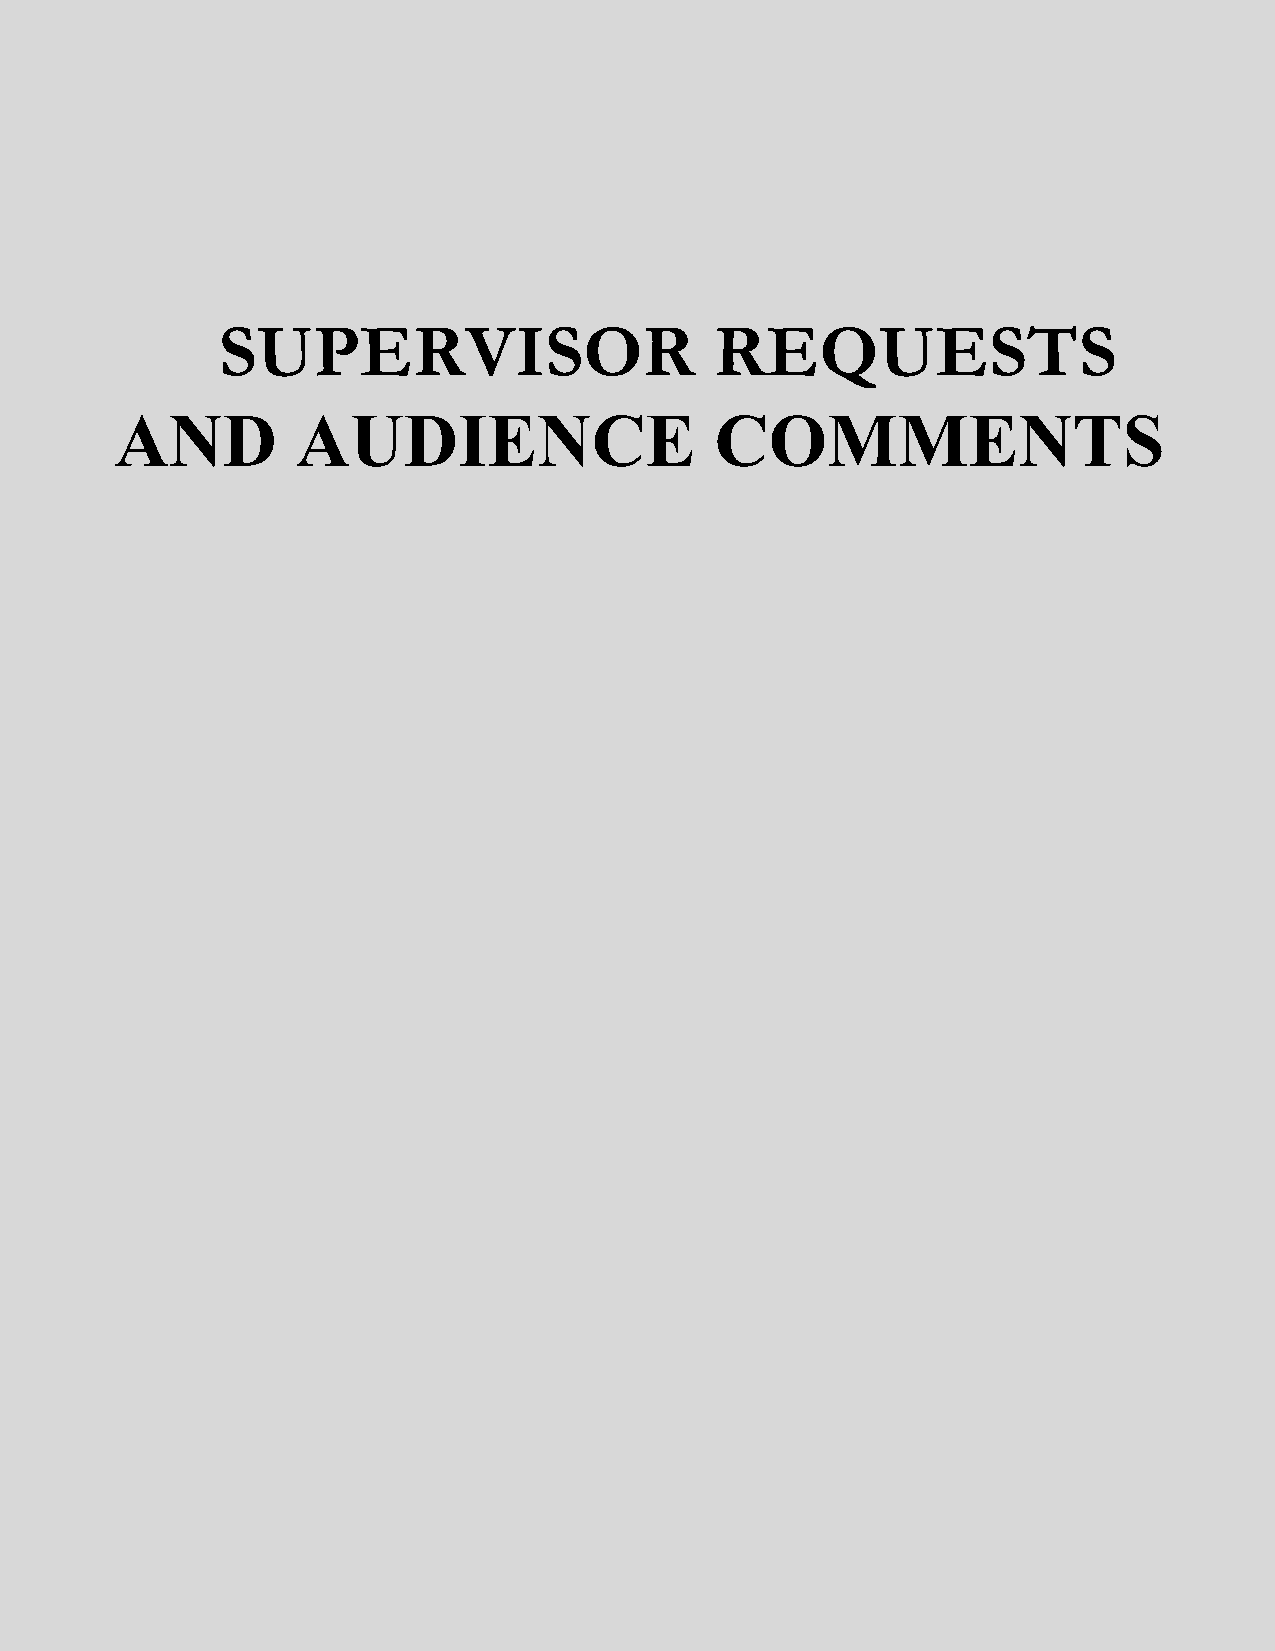
SUPERVISOR                       REQUESTS
 AND         AUDIENCE                   COMMENTS